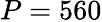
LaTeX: P=560